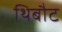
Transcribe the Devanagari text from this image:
थिबौट